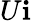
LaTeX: U{\mathbf i}